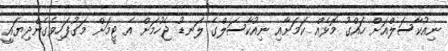
ނިއުކާސަލްއަށް ހައްގު މޮޅެއް ކަމަށާއި ނިއުކާސަލްގެ ލަނޑު ޖެހުމަށް އެ ޓީމަށް މަގުފަހިވެގެންދިޔައީ